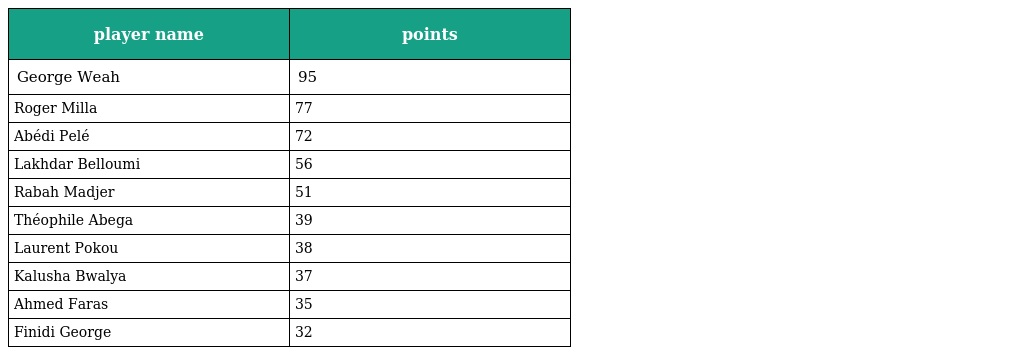
| player name | points |
 | --- | --- |
 | George Weah | 95 |
 | Roger Milla | 77 |
 | Abédi Pelé | 72 |
 | Lakhdar Belloumi | 56 |
 | Rabah Madjer | 51 |
 | Théophile Abega | 39 |
 | Laurent Pokou | 38 |
 | Kalusha Bwalya | 37 |
 | Ahmed Faras | 35 |
 | Finidi George | 32 |